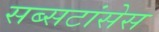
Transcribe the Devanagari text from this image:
सब्सटांसेस